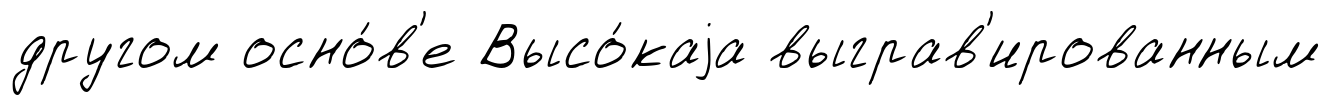
другом осно́в'е Высо́каjа выграв'ированным